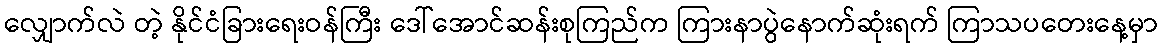
လျှောက်လဲ တဲ့ နိုင်ငံခြားရေးဝန်ကြီး ဒေါ်အောင်ဆန်းစုကြည်က ကြားနာပွဲနောက်ဆုံးရက် ကြာသပတေးနေ့မှာ